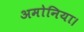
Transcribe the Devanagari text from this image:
अमोनिया।